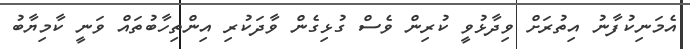
އެމަނިކުފާނު އިތުރަށް ވިދާޅުވީ ކުރިން ވެސް ގުޅިގެން ވާދަކުރި އިންތިހާބުތައް ވަނީ ކާމިޔާބު